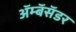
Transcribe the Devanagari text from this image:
ॲम्बॅसॅडर